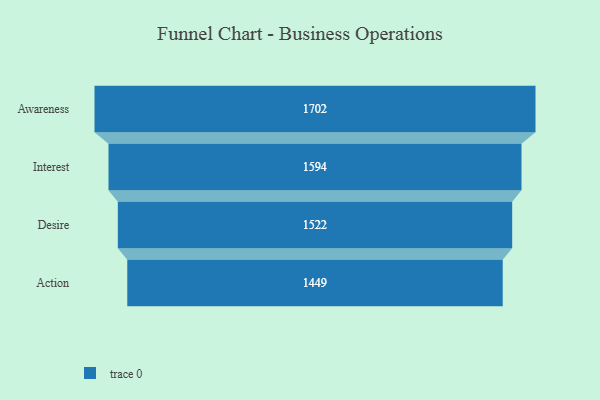
{"axis": {"x": "Stage", "y": "Value"}, "legend": [""], "data": [{"x": "Awareness", "y": 1702.0, "type": ""}, {"x": "Interest", "y": 1594.0, "type": ""}, {"x": "Desire", "y": 1522.0, "type": ""}, {"x": "Action", "y": 1449.0, "type": ""}]}